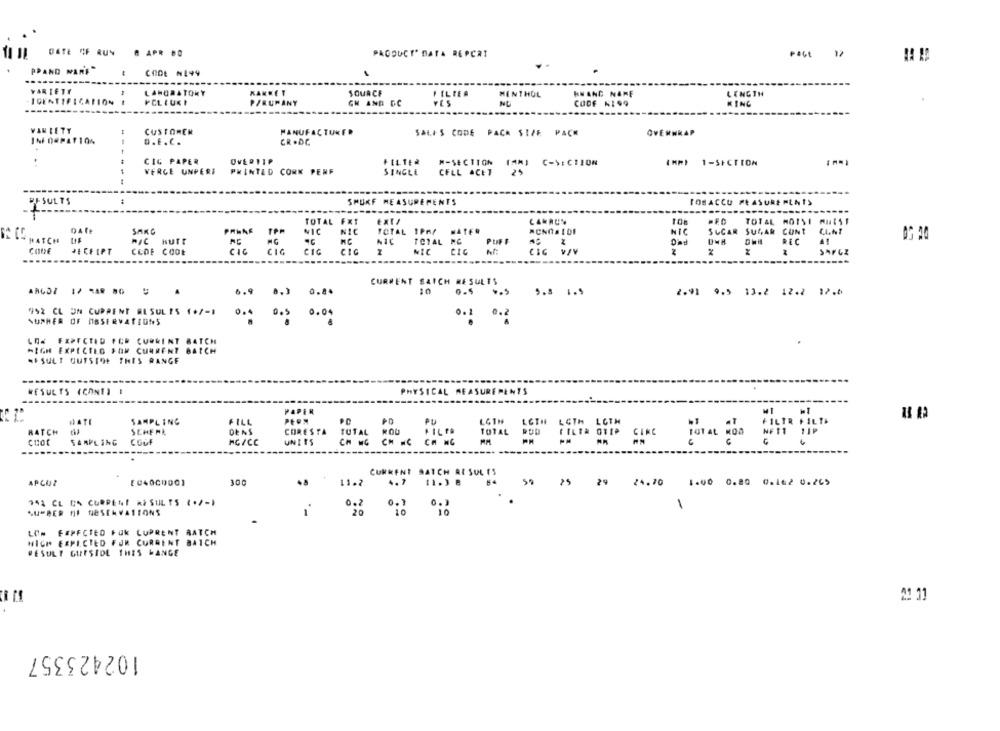
DATE CF RUN
8 APR .O
PACOUCT" DATA REPCRI
PPAND WARE"
CODE #149
VARIETY
LABORATORY
HAKKET
SOURCE
FILTER
MENTHOL
HNANG NAME
LENGTH
IDENTIFICATION I
- -
P/RUMANY
GH AND DC
VES
NE
CODE NISO
KING
VAN LETY
CUSTOMER
MANUFACTURER
OVERWRAP
SALES CODE PACK SIZE PACK
D.E.C.
CR .DC
CIG PAPER
OvE 211P
FILTER
M-SECTION
(AM) C-SECTION
1 1-SECTION
VERGE UNPERE
PRINTED CORK PENF
SINGLE
CELL ACET
25
----
BISULTS
SMUKF MEASUREMENTS
TOBACCO MEASUREMENTS
TOTAL FX1
CANRUN
108
TOTAL MOISI MUIST
SARG
NIC
NIC
TOTAL 1PA/
WATER
NIC
SUGAR SUGAR CONT
UL.NI
BATCH LIF
hurr
NIC
TOTAL RC
PUFF
Dad
CODE
JE CHIPT
CODE COOL
CIC
CIG
CIG
Cic V/V
SAYGI
----
CURRENT SAICH RESULTS
9 8.3 0.8.
10
0.5
5.8 1.5
2.91 9.5 13.2 12.2 12.0
942 CL UN CURRENT RESULTS (+/-)
: 0.5 0.04
NUPHER OF OBSERVATIONS
0.1
0.2
LOW EXPECTED FOR CURRENT BATCH
HIGH EXPECTLO FOR CURRENT BATCH
«I SULT OUTSIDE THIS RANGE
RESULTS (CONT) I
PHYSICAL MEASUREMENTS
PAPER
-
SAMPLING
FILL
PU
HATCH
SCHEMA
DENS
CORESTA
TUTAL KOU
HILPO
CINE
SARPLING
COOF
HC /CC
UNITS
CH NG CM NC CH NC
CURRENT BATCH AL SUL IS
APCUZ
[0400000)
300
..
11.2
4.7
11.3 8
25
29
24.70 1.00 0.80 0.162 0.265
754 CL BA CURRENT AESUL TS (+/-)
0.7
LOW EXPECTED FUK CUPRENT RATCH
HICH EXPECTED FOR CURRENT BATCH
RESULT GURSIDE THIS LANGE
21 11
102423357